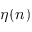
\eta ( n )